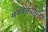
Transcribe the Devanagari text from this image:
पनवेलपासून